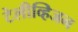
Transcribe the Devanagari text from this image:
टेलीव्हिजन